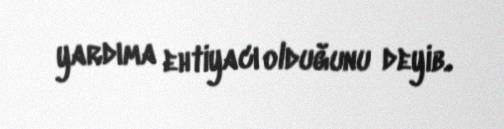
yardıma ehtiyacı olduğunu deyib.